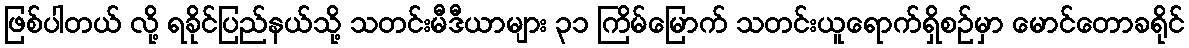
ဖြစ်ပါတယ် လို့ ရခိုင်ပြည်နယ်သို့ သတင်းမီဒီယာများ ၃၁ ကြိမ်မြောက် သတင်းယူရောက်ရှိစဉ်မှာ မောင်တောခရိုင်